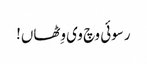
رسوئی وچ وی وِٹھاں!